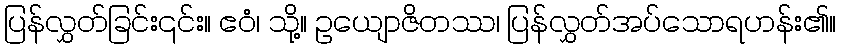
ပြန်လွှတ်ခြင်း၎င်း။ ဧဝံ၊ သို့။ ဥယျောဇိတဿ၊ ပြန်လွှတ်အပ်သောရဟန်း၏။